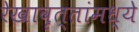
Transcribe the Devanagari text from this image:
रेखावृत्तांमध्ये